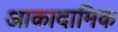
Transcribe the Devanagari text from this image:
आकादामिक